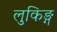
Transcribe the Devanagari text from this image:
लुकिङ्ग